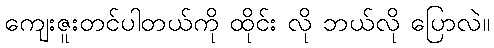
ကျေးဇူးတင်ပါတယ်ကို ထိုင်း လို ဘယ်လို ပြောလဲ။